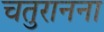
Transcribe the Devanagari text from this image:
चतुरानना